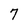
Character: 7